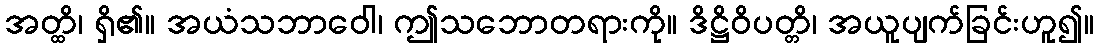
အတ္ထိ၊ ရှိ၏။ အယံသဘာဝေါ၊ ဤသဘောတရားကို။ ဒိဋ္ဌိဝိပတ္တိ၊ အယူပျက်ခြင်းဟူ၍။